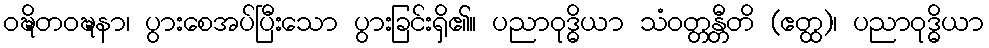
ဝဍ္ဎိတဝဍ္ဎနာ၊ ပွားစေအပ်ပြီးသော ပွားခြင်းရှိ၏။ ပညာဝုဒ္ဓိယာ သံဝတ္တန္တီတိ (ဧတ္ထ)၊ ပညာဝုဒ္ဓိယာ